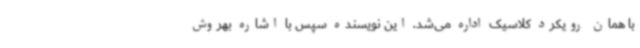
با همان رویکرد کلاسیک اداره می‌شد. این نویسنده سپس با اشاره بهروش